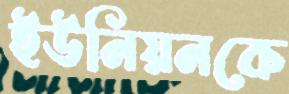
ইউনিয়নকে